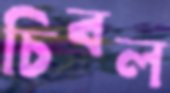
চিবল